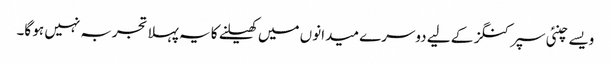
ویسے چنئی سپرکنگز کے لیے دوسرے میدانوں میں کھیلنے کا یہ پہلا تجربہ نہیں ہو گا۔